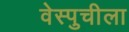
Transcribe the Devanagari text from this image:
वेस्पुचीला